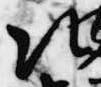
次